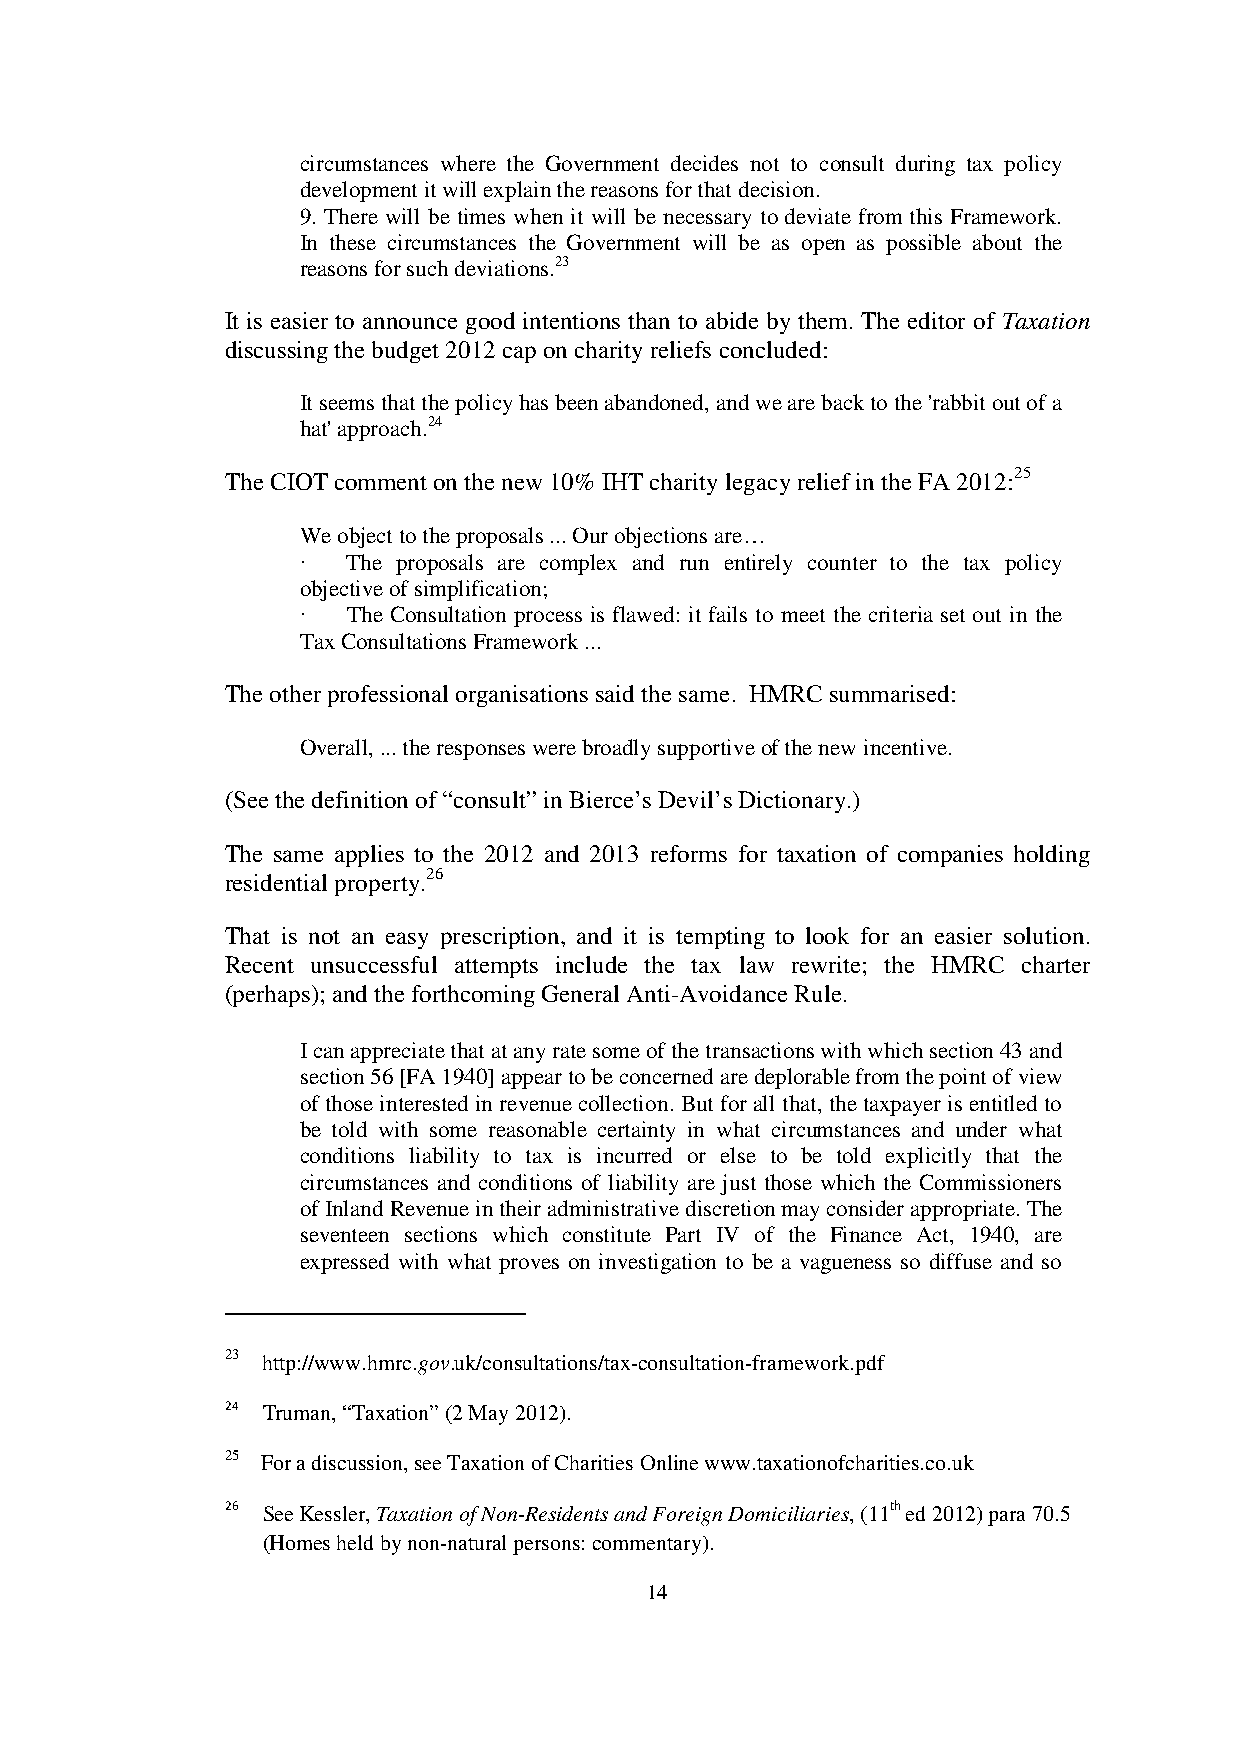
circumstances where the Government decides not to consult during tax policy
 development it will explain the reasons for that decision.
 9. There will be times when it will be necessary to deviate from this Framework.
 In these circumstances the Government will be as open as possible about the
 reasons for such deviations.23
 It is easier to announce good intentions than to abide by them. The editor of Taxation
 discussing the budget 2012 cap on charity reliefs concluded:
 It seems that the policy has been abandoned, and we are back to the 'rabbit out of a
 hat' approach.24
 The CIOT comment on the new 10% IHT charity legacy relief in the FA 2012:25
 We object to the proposals ... Our objections are…
 ·  The proposals are complex and run entirely counter to the tax policy
 objective of simplification;
 ·  The Consultation process is flawed: it fails to meet the criteria set out in the
 Tax Consultations Framework ...
 The other professional organisations said the same. HMRC summarised:
 Overall, ... the responses were broadly supportive of the new incentive.
 (See the definition of “consult” in Bierce’s Devil’s Dictionary.)
 The same applies to the 2012 and 2013 reforms for taxation of companies holding
 residential property.26
 That is not an easy prescription, and it is tempting to look for an easier solution.
 Recent unsuccessful attempts include the tax law rewrite; the HMRC charter
 (perhaps); and the forthcoming General Anti-Avoidance Rule.
 I can appreciate that at any rate some of the transactions with which section 43 and
 section 56 [FA 1940] appear to be concerned are deplorable from the point of view
 of those interested in revenue collection. But for all that, the taxpayer is entitled to
 be told with some reasonable certainty in what circumstances and under what
 conditions liability to tax is incurred or else to be told explicitly that the
 circumstances and conditions of liability are just those which the Commissioners
 of Inland Revenue in their administrative discretion may consider appropriate. The
 seventeen sections which constitute Part IV of the Finance Act, 1940, are
 expressed with what proves on investigation to be a vagueness so diffuse and so
 23 http://www.hmrc.gov.uk/consultations/tax-consultation-framework.pdf
 24 Truman, “Taxation” (2 May 2012).
 25 For a discussion, see Taxation of Charities Online www.taxationofcharities.co.uk
 26 See Kessler, Taxation of Non-Residents and Foreign Domiciliaries, (11th ed 2012) para 70.5
 (Homes held by non-natural persons: commentary).
 14